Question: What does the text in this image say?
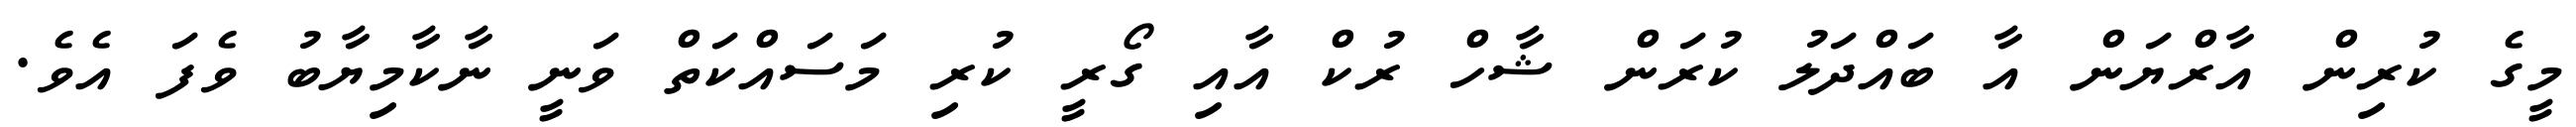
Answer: މީގެ ކުރިން އާރްޔަން އާ ބައްދަލު ކުރަން ޝާހް ރުކް އާއި ގޯރީ ކުރި މަސައްކަތް ވަނީ ނާކާމިޔާބު ވެފަ އެވެ.